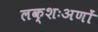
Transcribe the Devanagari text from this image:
लक्शःअणों